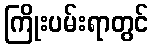
ကြိုးပမ်းရာတွင်